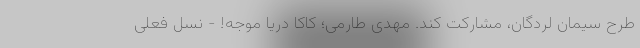
طرح سیمان لردگان، مشارکت کند. مهدی طارمی؛ کاکا دریا موجه! - نسل فعلی